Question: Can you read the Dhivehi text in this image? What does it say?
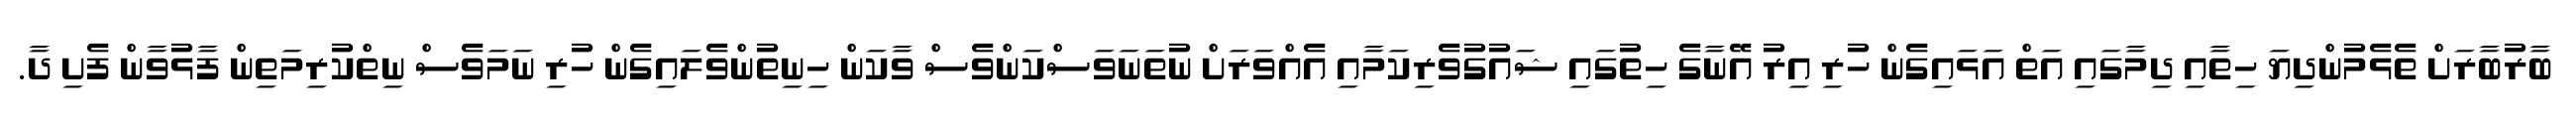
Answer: ބާރުބާރަށް ތެޅެމުންދިޔަ ހިތާއި ދިމާގައި އަތް އަޅައިގެން ހުރި އިރު އޭނާގެ ހިތުގައި ޝައުގުވެރިކަމާއި އެއްވަރަށް ނުތަނަވަސްކަންވެސް ވާކަން ހިނިތުންވެލައިގެން ހުރި ނަމަވެސް ނިތްކުރިމަތިން ފާޅުވާން ފެށި ދާ.